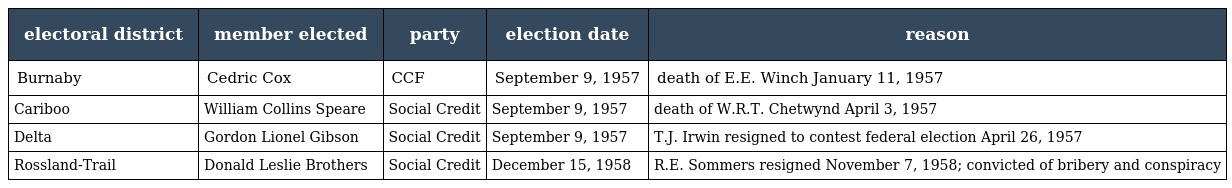
| electoral district | member elected | party | election date | reason |
 | --- | --- | --- | --- | --- |
 | Burnaby | Cedric Cox | CCF | September 9, 1957 | death of E.E. Winch January 11, 1957 |
 | Cariboo | William Collins Speare | Social Credit | September 9, 1957 | death of W.R.T. Chetwynd April 3, 1957 |
 | Delta | Gordon Lionel Gibson | Social Credit | September 9, 1957 | T.J. Irwin resigned to contest federal election April 26, 1957 |
 | Rossland-Trail | Donald Leslie Brothers | Social Credit | December 15, 1958 | R.E. Sommers resigned November 7, 1958; convicted of bribery and conspiracy |